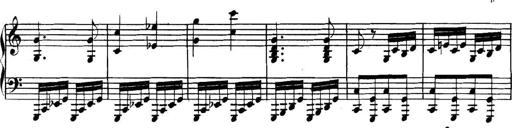
Title: Collected Piano Sonatas
Composer: Muzio Clementi